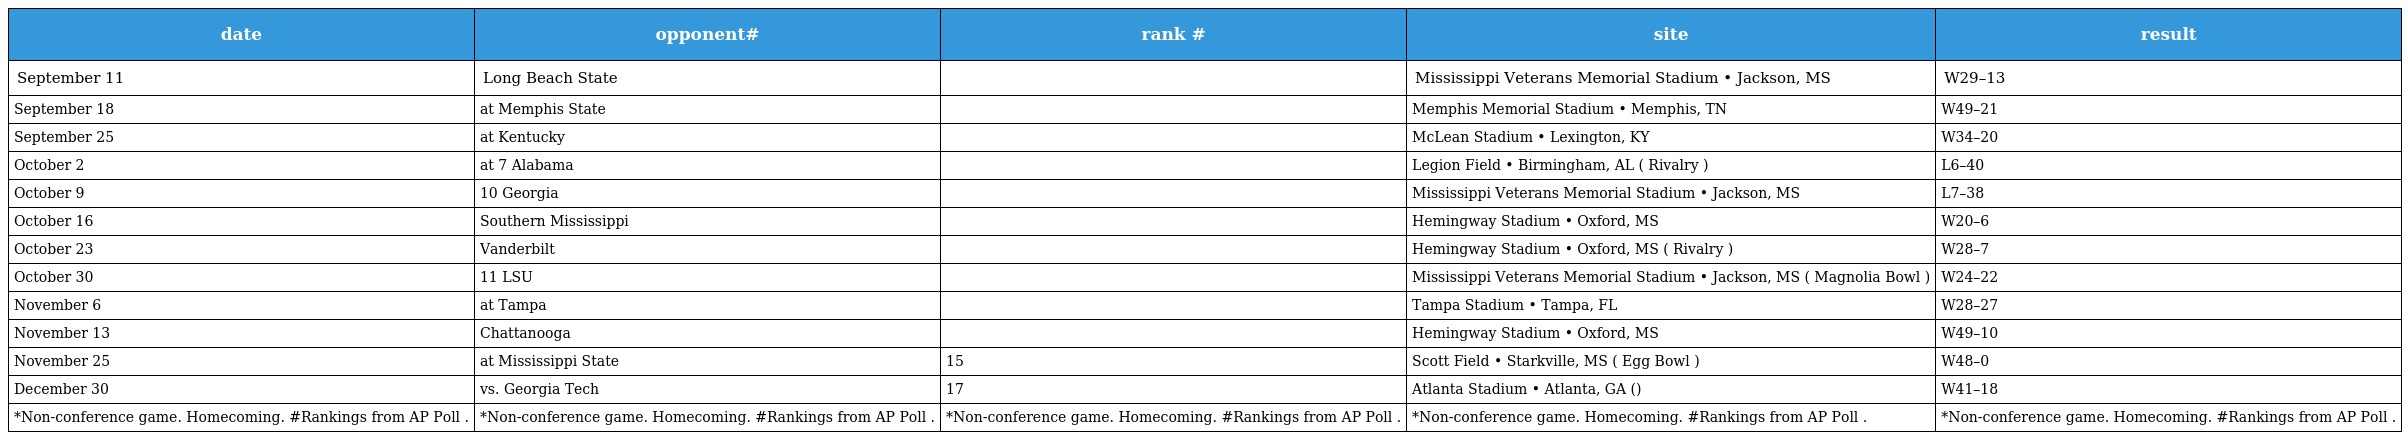
| date | opponent# | rank # | site | result |
 | --- | --- | --- | --- | --- |
 | September 11 | Long Beach State |  | Mississippi Veterans Memorial Stadium • Jackson, MS | W29–13 |
 | September 18 | at Memphis State |  | Memphis Memorial Stadium • Memphis, TN | W49–21 |
 | September 25 | at Kentucky |  | McLean Stadium • Lexington, KY | W34–20 |
 | October 2 | at 7 Alabama |  | Legion Field • Birmingham, AL ( Rivalry ) | L6–40 |
 | October 9 | 10 Georgia |  | Mississippi Veterans Memorial Stadium • Jackson, MS | L7–38 |
 | October 16 | Southern Mississippi |  | Hemingway Stadium • Oxford, MS | W20–6 |
 | October 23 | Vanderbilt |  | Hemingway Stadium • Oxford, MS ( Rivalry ) | W28–7 |
 | October 30 | 11 LSU |  | Mississippi Veterans Memorial Stadium • Jackson, MS ( Magnolia Bowl ) | W24–22 |
 | November 6 | at Tampa |  | Tampa Stadium • Tampa, FL | W28–27 |
 | November 13 | Chattanooga |  | Hemingway Stadium • Oxford, MS | W49–10 |
 | November 25 | at Mississippi State | 15 | Scott Field • Starkville, MS ( Egg Bowl ) | W48–0 |
 | December 30 | vs. Georgia Tech | 17 | Atlanta Stadium • Atlanta, GA () | W41–18 |
 | *Non-conference game. Homecoming. #Rankings from AP Poll . | *Non-conference game. Homecoming. #Rankings from AP Poll . | *Non-conference game. Homecoming. #Rankings from AP Poll . | *Non-conference game. Homecoming. #Rankings from AP Poll . | *Non-conference game. Homecoming. #Rankings from AP Poll . |